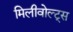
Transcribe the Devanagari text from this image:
मिलीवोल्ट्स